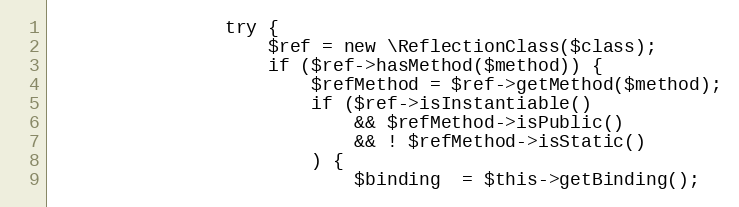
Language: PHP
                try {
                    $ref = new \ReflectionClass($class);
                    if ($ref->hasMethod($method)) {
                        $refMethod = $ref->getMethod($method);
                        if ($ref->isInstantiable()
                            && $refMethod->isPublic()
                            && ! $refMethod->isStatic()
                        ) {
                            $binding  = $this->getBinding();